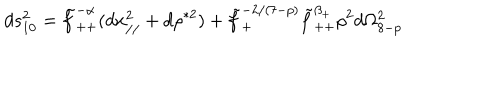
d s _ { 1 0 } ^ { 2 } = \tilde { f } _ { + + } ^ { - \alpha } ( d x _ { / / } ^ { 2 } + d \rho ^ { * 2 } ) + \tilde { f } _ { + } ^ { - 2 / ( 7 - p ) } \tilde { f } _ { + + } ^ { \beta _ { + } } \rho ^ { 2 } d \Omega _ { 8 - p } ^ { 2 }